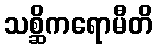
သစ္ဆိကရောမီတိ